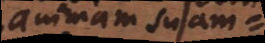
animam suam